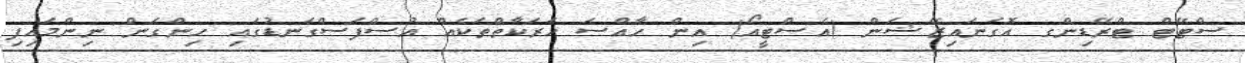
ސްޓޭޓް ޓްރޭޑިންގ އޮގަނައިޒޭޝަން (އެސްޓީއޯ) އިން ހާއްސަ ހަރަކާތްތަކެއް އުސްފަސްގަނޑުގައި ހިންގަން ނިންމައިފި